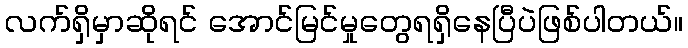
လက်ရှိမှာဆိုရင် အောင်မြင်မှုတွေရရှိနေပြီပဲဖြစ်ပါတယ်။